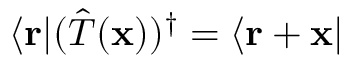
\langle \mathbf { r } | ( { \hat { T } } ( \mathbf { x } ) ) ^ { \dagger } = \langle \mathbf { r } + \mathbf { x } |